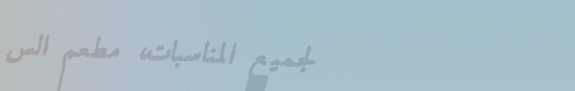
لجميع المناسبات، مطعم الس